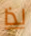
لذا